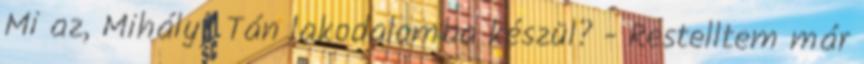
Mi az, Mihály? Tán lakodalomba készül? - Restelltem már